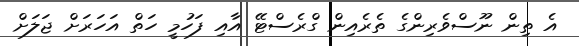
އެ ތިން ނޫސްވެރިންގެ ތެރެއިން ގްރެސްޓޭ އާއި ފަހުމީ ހަތް އަހަރަށް ޖަލަށް